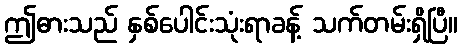
ဤဓားသည် နှစ်ပေါင်းသုံးရာခန့် သက်တမ်းရှိပြီ။